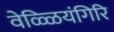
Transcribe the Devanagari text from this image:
वेळ्ळियंगिरि